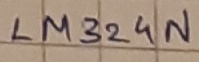
Text: LM324N